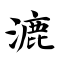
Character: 漉